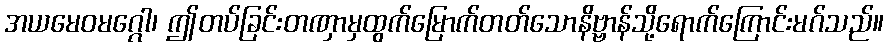
အယမေဝမဂ္ဂေါ၊ ဤတပ်ခြင်းတဏှာမှထွက်မြောက်တတ်သောနိဗ္ဗာန်သို့ရောက်ကြောင်းမဂ်သည်။